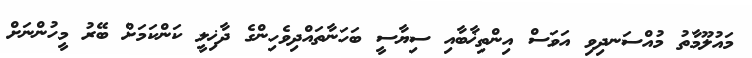
މައުލޫމާތު މުއްސަނދިވި އަވަސް އިންތިޚާބާއި ސިޔާސީ ބަހަނާތައްދިވެހިންގެ ދާޚިލީ ކަންކަމަށް ބޭރު މީހުންނަށް